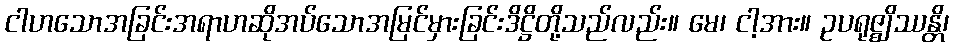
ငါဟသောအခြင်းအရာဟဆိုအပ်သောအမြင်မှားခြင်းဒိဋ္ဌိတို့သည်လည်း။ မေ၊ ငါ့အား။ ဥပရုဇ္ဈိဿန္တိ၊